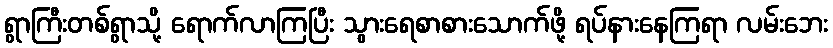
ရွာကြီးတစ်ရွာသို့ ရောက်လာကြပြီး သွားရေစာစားသောက်ဖို့ ရပ်နားနေကြရာ လမ်းဘေး